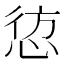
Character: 𭝁